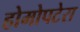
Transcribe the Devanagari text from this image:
होमोपटेरा